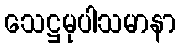
သေဋ္ဌမုပါသမာနာ